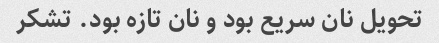
تحویل نان سریع بود و نان تازه بود. تشکر